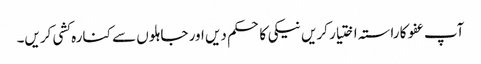
آپ عفو کا راستہ اختیار کریں نیکی کا حکم دیں اور جاہلوں سے کنارہ کشی کریں۔